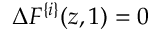
\Delta F ^ { \{ i \} } ( z , 1 ) = 0